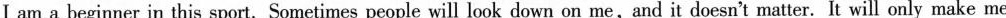
I am a beginner in this sport. Sometimes people will look down on me,and it doesn't matter. It will only make me